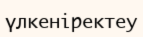
үлкеніректеу